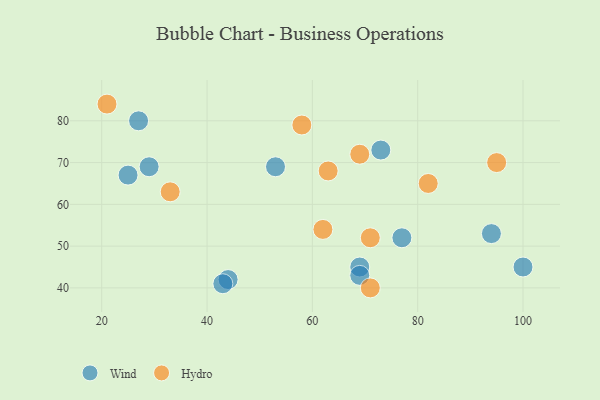
{"axis": {"x": "GDP", "y": "Life Expectancy"}, "legend": ["Hydro", "Wind"], "data": [{"x": "27", "y": 80, "type": "Wind"}, {"x": "29", "y": 69, "type": "Wind"}, {"x": "94", "y": 53, "type": "Wind"}, {"x": "77", "y": 52, "type": "Wind"}, {"x": "100", "y": 45, "type": "Wind"}, {"x": "44", "y": 42, "type": "Wind"}, {"x": "53", "y": 69, "type": "Wind"}, {"x": "25", "y": 67, "type": "Wind"}, {"x": "73", "y": 73, "type": "Wind"}, {"x": "69", "y": 45, "type": "Wind"}, {"x": "69", "y": 43, "type": "Wind"}, {"x": "43", "y": 41, "type": "Wind"}, {"x": "58", "y": 79, "type": "Hydro"}, {"x": "95", "y": 70, "type": "Hydro"}, {"x": "82", "y": 65, "type": "Hydro"}, {"x": "33", "y": 63, "type": "Hydro"}, {"x": "63", "y": 68, "type": "Hydro"}, {"x": "21", "y": 84, "type": "Hydro"}, {"x": "62", "y": 54, "type": "Hydro"}, {"x": "71", "y": 52, "type": "Hydro"}, {"x": "69", "y": 72, "type": "Hydro"}, {"x": "71", "y": 40, "type": "Hydro"}]}